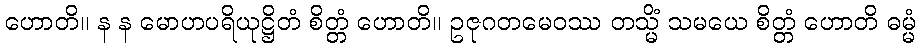
ဟောတိ။ န န မောဟပရိယုဋ္ဌိတံ စိတ္တံ ဟောတိ။ ဥဇုဂတမေဝဿ တသ္မိံ သမယေ စိတ္တံ ဟောတိ ဓမ္မံ